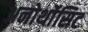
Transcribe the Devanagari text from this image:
अनोर्थोसिट